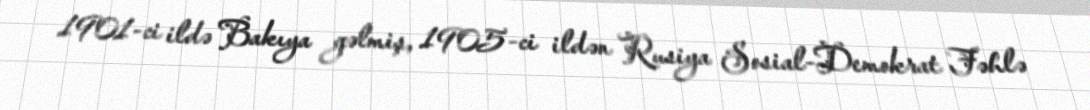
1901-ci ildə Bakıya gəlmiş, 1905-ci ildən Rusiya Sosial-Demokrat Fəhlə